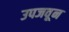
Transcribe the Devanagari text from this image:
उपजवून